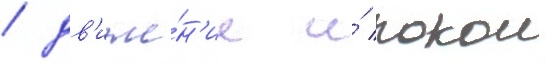
/ дв'иже́н'ие и́ покои